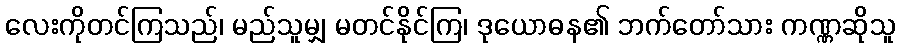
လေးကိုတင်ကြသည်၊ မည်သူမျှ မတင်နိုင်ကြ၊ ဒုယောဓန၏ ဘက်တော်သား ကဏ္ဏဆိုသူ